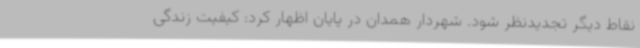
نقاط دیگر تجدیدنظر شود. شهردار همدان در پایان اظهار کرد: کیفیت زندگی